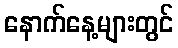
နောက်နေ့များတွင်